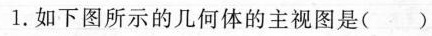
1.如下图所示的几何体的主视图是()